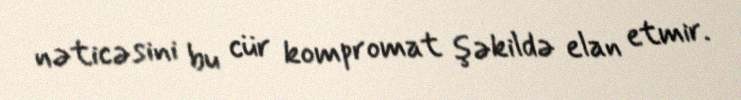
nəticəsini bu cür kompromat şəkildə elan etmir.